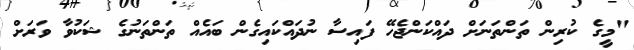
"މީގެ ކުރިން ތަންތަނަށް ދައްކަންޖެހޭ ފައިސާ ނުދައްކައިގެން ބައެއް ތަންތަނުގެ ޝަކުވާ ވަރަށް